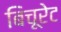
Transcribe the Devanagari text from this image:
बिचूरेट